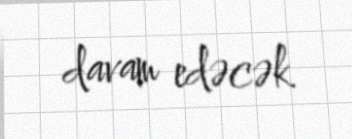
davam edəcək.